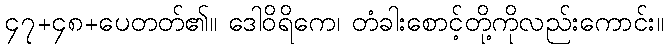
၄၇+၄၈+ပေတတ်၏။ ဒေါဝိရိကေ၊ တံခါးစောင့်တို့ကိုလည်းကောင်း။